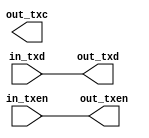
module phy_tx(
    input   wire        in_txen,
    input   wire [7:0]  in_txd,
    output  wire        out_txc,
    output  wire        out_txen,
    output  wire [7:0]  out_txd
    );

    reg clock;
    reg r_txen;
    reg [7:0] r_txd;

    assign out_txc = clock;
    assign out_txen = r_txen;
    assign out_txd = r_txd;

    initial begin
        clock <= 0;
    end

    always begin
        #10 clock = ~clock;
        r_txen <= in_txen;
        r_txd <= in_txd;
    end
endmodule